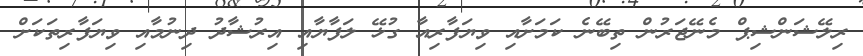
ރިލޭޝަންޝިޕް މެނޭޖަރުން ތިބޭނެ ކަމަށާއި ވިޔަފާރިއާ ގުޅޭ ލަފާޔާއި އިރުޝާދު ދިނުމާއި ވިޔަފާރިތަކަށް